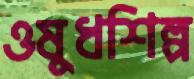
ওষুধশিল্প